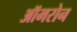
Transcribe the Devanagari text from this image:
ऑमरोन